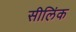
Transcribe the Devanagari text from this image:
सीलिंक